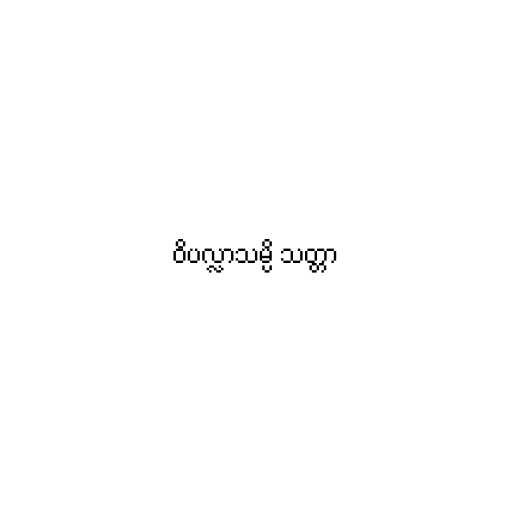
ဝိပလ္လာသမ္ပိ သတ္တာ